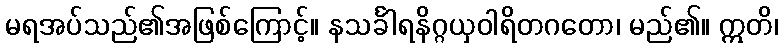
မရအပ်သည်၏အဖြစ်ကြောင့်။ နသင်္ခါရနိဂ္ဂယှဝါရိတဂတော၊ မည်၏။ ဣတိ၊